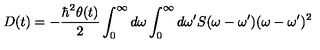
D ( t ) = - \frac { \hbar ^ { 2 } \theta ( t ) } { 2 } \int _ { 0 } ^ { \infty } { d \omega } \int _ { 0 } ^ { \infty } { d \omega ^ { \prime } } S ( \omega - \omega ^ { \prime } ) ( \omega - \omega ^ { \prime } ) ^ { 2 }